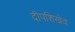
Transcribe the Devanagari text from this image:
दीपशिखेव